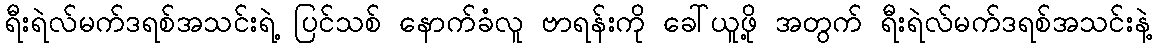
ရီးရဲလ်မက်ဒရစ်အသင်းရဲ့ ပြင်သစ် နောက်ခံလူ ဗာရန်းကို ခေါ်ယူဖို့ အတွက် ရီးရဲလ်မက်ဒရစ်အသင်းနဲ့